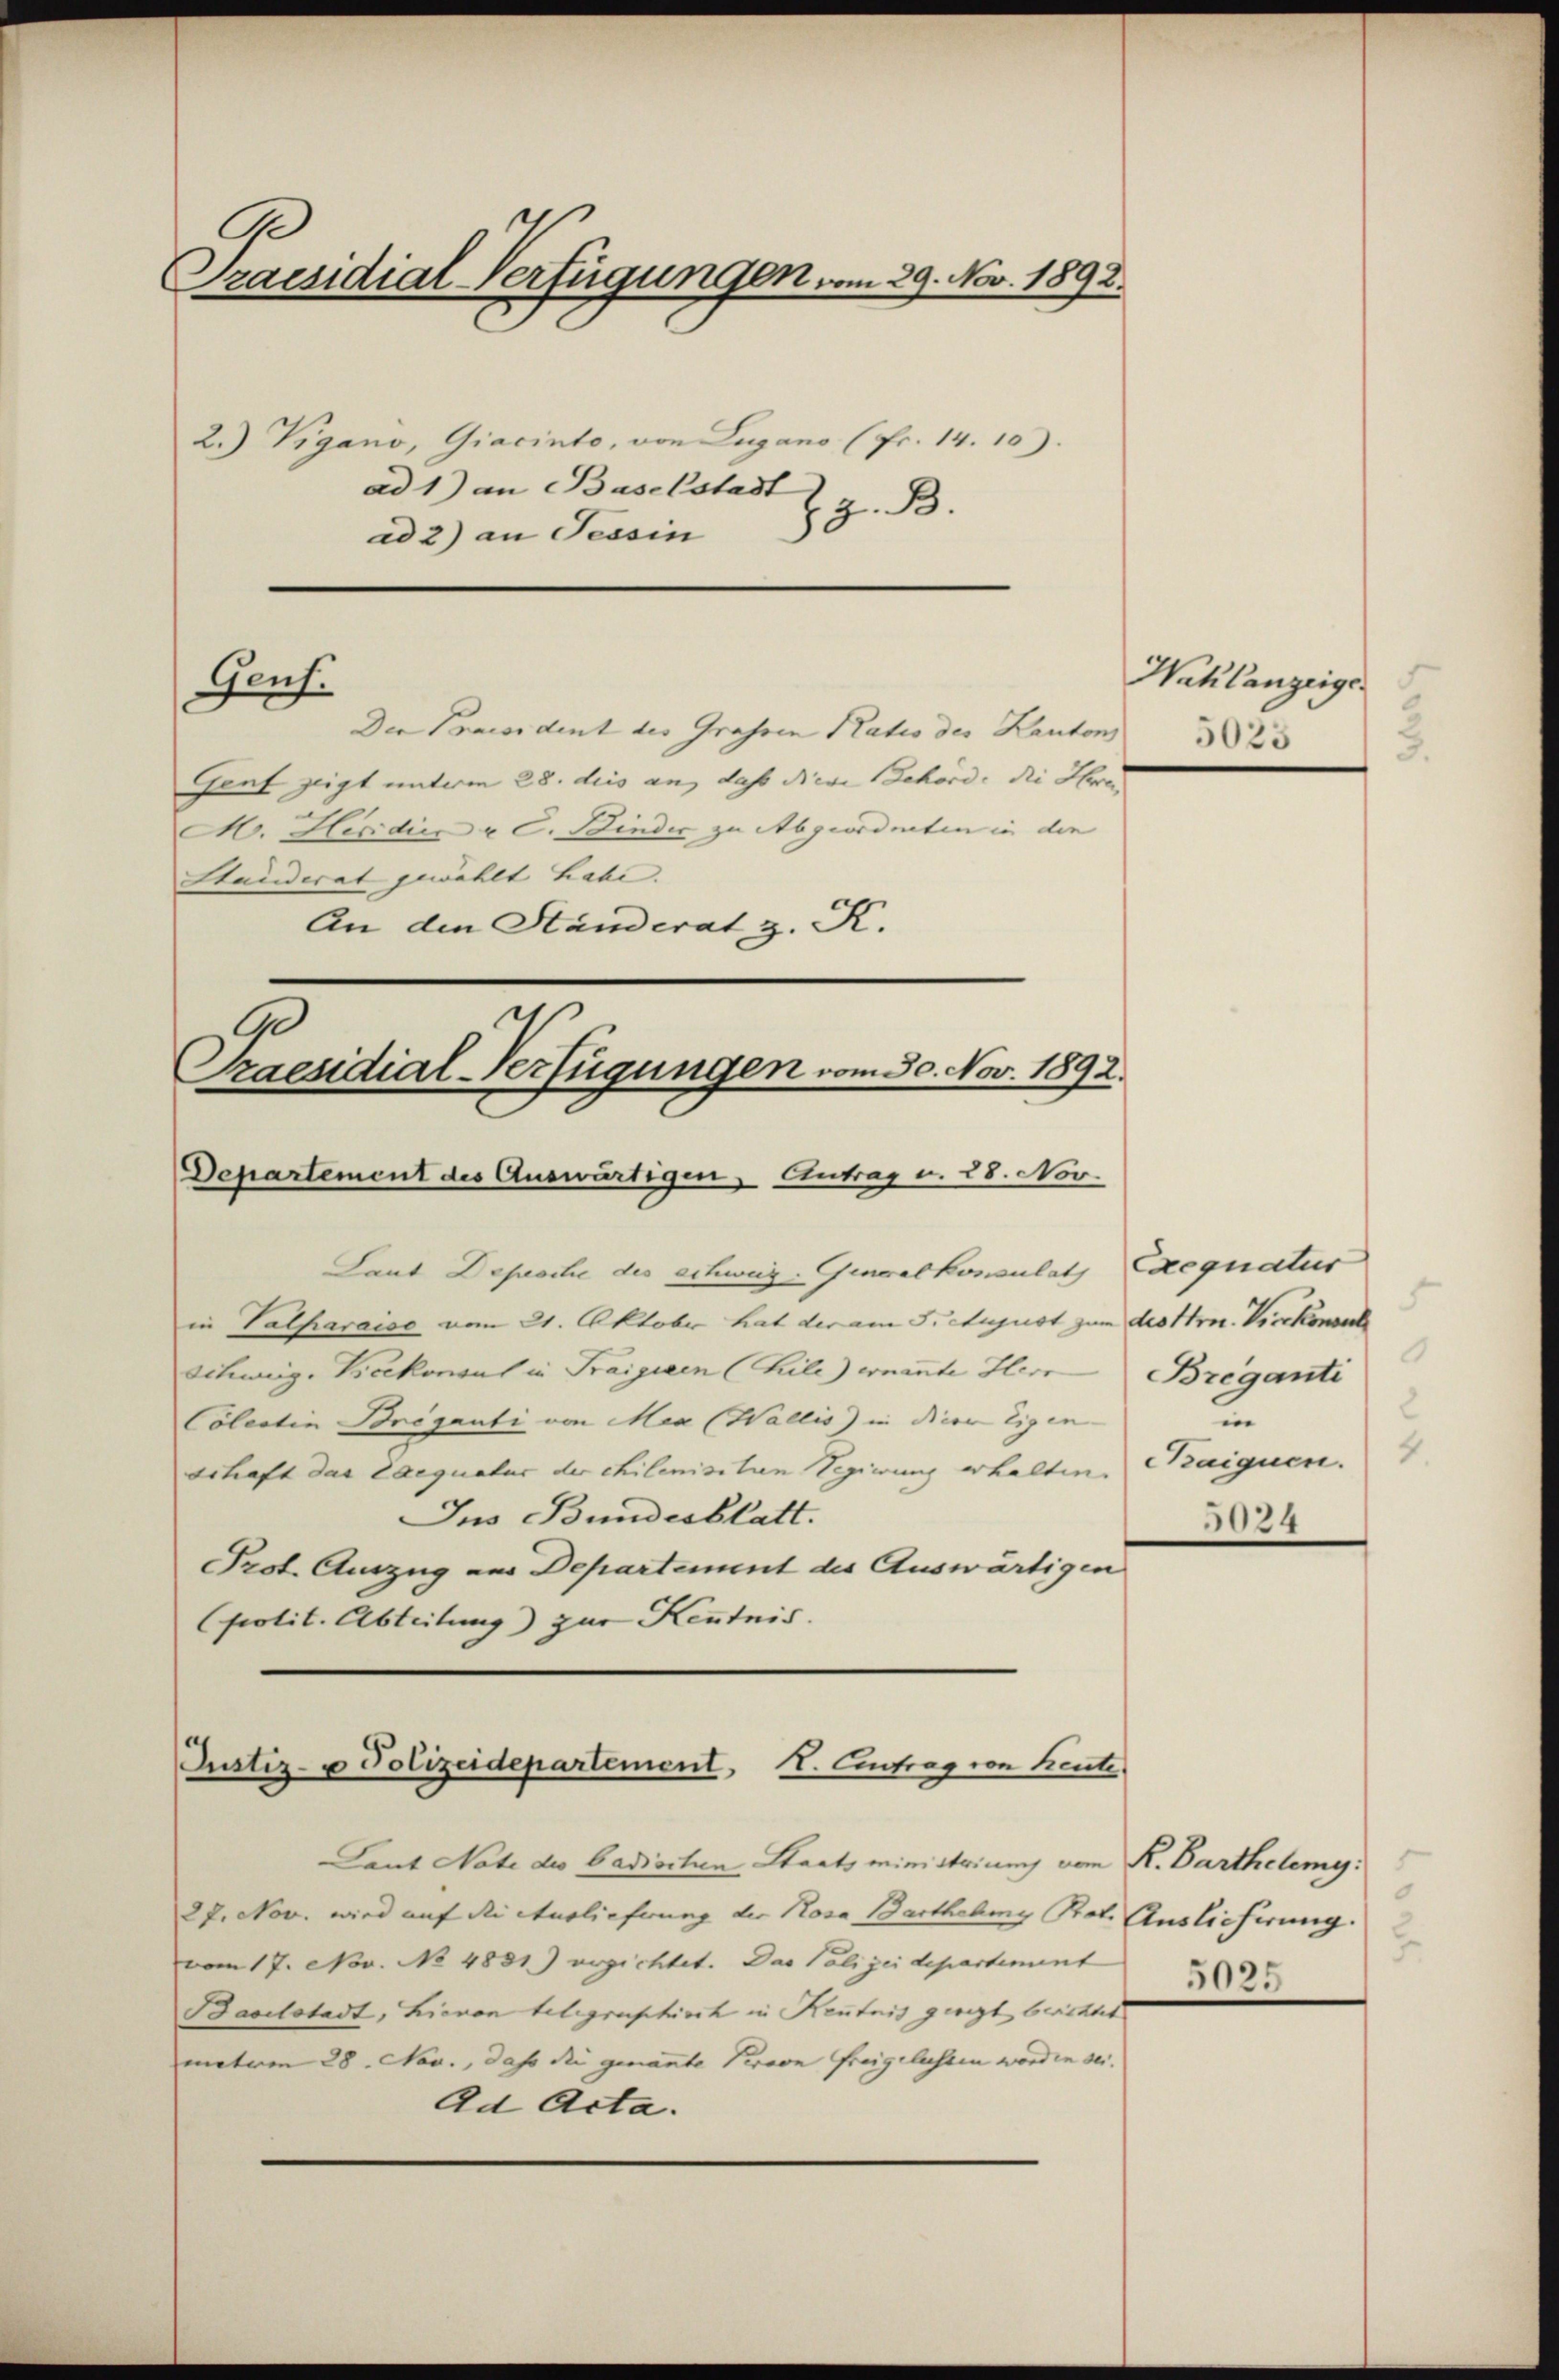
Praesidial-Verfügungen vom 29. Nov. 1892.

2.) Vigano, Giacinto, von Lugano (Fr. 14. 10).
ad 1) an Baselstadt
J z. B.
ad 2) an Tessin

Der Praesident des Grassen Katio des Kantons
Graf zeigt unterm 28. deis an, daß diese Behörde die Herren
M. Heridica u C. Bindir zu Abgeordneten in die
Stauderat gewählt habe. |
An den Ständerat z. K.

Genf.

A
Praesidial-Verfügungen vom 30. Nov. 1892.
Departement des Auswärtigen, Antrag u. 28. Nov.

Laut Deproche des schweig-Generalkonsulats Exequatus
in alparaiso vom 21. Oktober hat der am 5. August zum des Hrn. Vicekonn
schweig. Boekonsul in Traigieen (hile) wennnte Herr Briganti
Colentin Briganti von Mea (Wallis) in dieer Eigen
schaft das Exequatur der chilenischien Regierung erhalten.
Jus Bundesblatt.
Prot. Auszug aus Departement des Auswärtigen
polit. Abteilung) zur Kenntnis.

Justiz- u Polizeidepartement. IV. Eintrag von heute

Laut Nate des badischen Staatsministriums von K. Barthelemy:
27. Nov. wird auf die Auslieferung der Rosa Barthebung Not. Auslieferung.
vom 17. Nov. No 4831) erzichtet. Das Polizeidepartement
Baselstadt, hievon telegraphisch in Kentnis giegt berichtet
metien 28. Nov., daß die genannte Person freigelasten worden sei.
Ad Acta.

Wahlanzeige
.
0
5023
3.

.
2
in
4.
Kaiquen.
3024

5
2.
5025